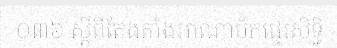
០៣៦ ស្តីពីតែងតាំងអាណាប័កផ្ទេរសិទ្ធិ